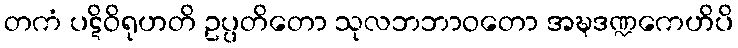
တကံ ပဋိဝိရုဟတိ ဥပ္ပတိတော သုလဘဘာဝတော အဍ္ဎဒဏ္ဍကေဟိပိ